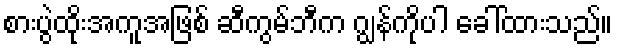
စားပွဲထိုးအကူအဖြစ် ဆီကွမ်ဘီက ဂျွန်ကိုပါ ခေါ်ထားသည်။